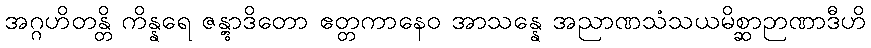
အဂ္ဂဟိတန္တိ ကိန္နရေ ဇန္တွာဒိတော ဧတ္တကာနေဝ အာသန္နေ အညာဏသံသယမိစ္ဆာဉာဏာဒီဟိ